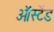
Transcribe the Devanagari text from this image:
ऑस्टेंड